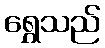
ရွှေသည်